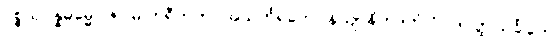
ပစ္စယုပ္ပန္နဓမ္မော ဇဂ္ဂါမိ ဟရီတကာ အသင်္ကရတော နိယျာနိကဒုကံ ဝိဝါဒဝတ္ထုသင်္ခါတေ